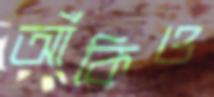
আঁকিও